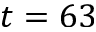
t = 6 3